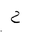
Letter: _ha